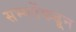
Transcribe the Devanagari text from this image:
सभ्यतेंकढून